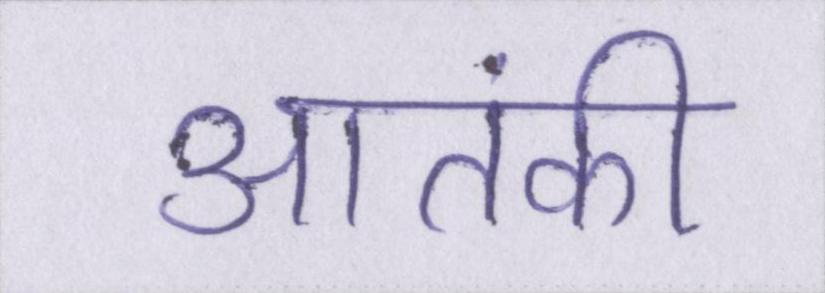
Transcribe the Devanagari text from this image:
आतंकी